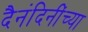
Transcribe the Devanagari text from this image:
दैनंदिनींच्या